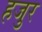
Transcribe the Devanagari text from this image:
हजुर